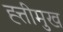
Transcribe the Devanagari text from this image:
ह्त्तीमुख